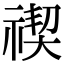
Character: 禊